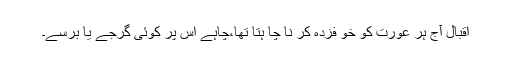
اقبال آج ہر عورت کو خو فزدہ کر نا چا ہتا تھا،چاہے اس پر کوئی گرجے یا برسے۔